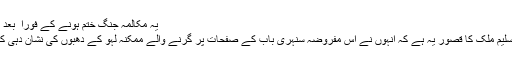
یہ مکالمہ جنگ ختم ہونے کے فورا ً بعد کیا گیا
بھائی سلیم ملک کا قصور یہ ہے کہ انہوں نے اس مفروضہ سنہری باب کے صفحات پر گرنے والے ممکنہ لہو کے دھبوں کی نشان دہی کی ہے۔